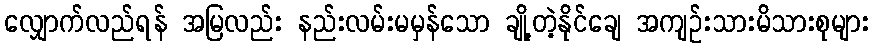
လျှောက်လည်ရန် အမြလည်း နည်းလမ်းမမှန်သော ချို့တဲ့နိုင်ချေ အကျဉ်းသားမိသားစုများ